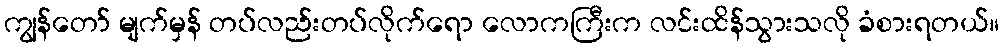
ကျွန်တော် မျက်မှန် တပ်လည်းတပ်လိုက်ရော လောကကြီးက လင်းထိန်သွားသလို ခံစားရတယ်။